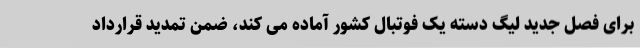
برای فصل جدید لیگ دسته یک فوتبال کشور آماده می کند، ضمن تمدید قرارداد